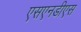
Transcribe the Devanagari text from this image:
एसएनडीएस